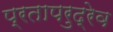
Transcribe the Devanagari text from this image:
प्रतापरुद्रेव